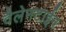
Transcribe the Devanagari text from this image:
वैलेनटाईन